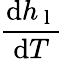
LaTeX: \frac{\mathrm{d}h_{\mathrm{~l~}}}{\mathrm{d}T}